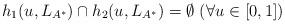
LaTeX: \begin{align*} h_1(u, L_{A^*}) \cap h_2(u, L_{A^*}) = \emptyset \ (\forall u \in [0, 1])\end{align*}